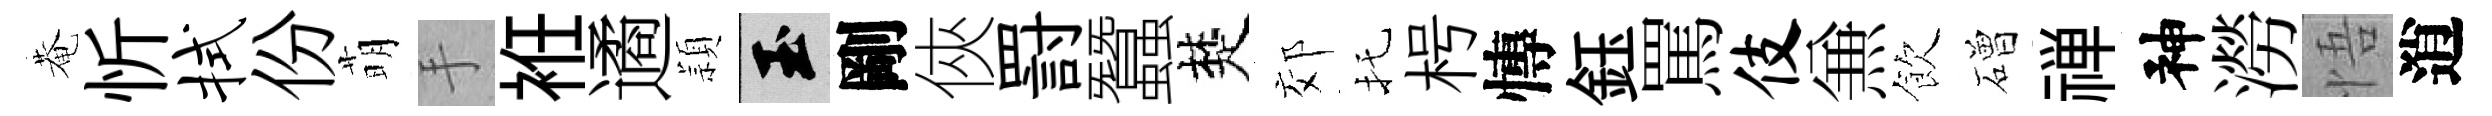
菴忻拭份萌手袵遹頴玉剛俠罸蠶楚郊托枵慱鈺罵伎𠔥飲磳禅神澇悟逍